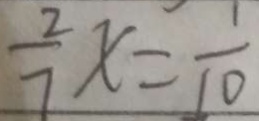
\frac { 2 } { 7 } x = \frac { 1 } { 1 0 }